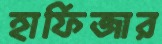
হাফিজার